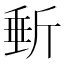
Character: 𣂩